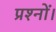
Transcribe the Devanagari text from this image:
प्रश्नों।